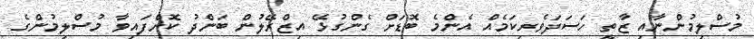
މުސްލިމުންނާއި ޒާތީ ހަސަދަވެރިކަމެއް އެންމެ ބޮޑަށް ގެންގުޅޭ އިޒްރޭލުން ބަންދު ކޮށްފައިވާ މުސްލިމުންގެ